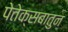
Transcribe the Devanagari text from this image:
पेतेक्सबातुन